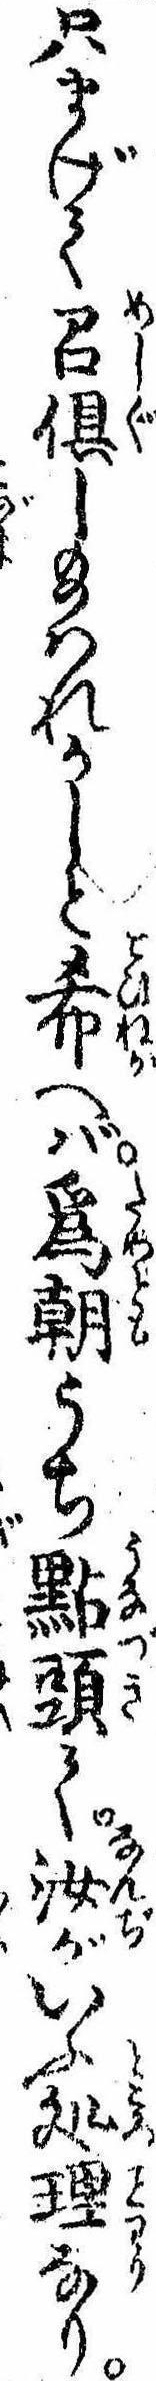
只まげて召倶し給はれかしと希へば為朝うち点頭て汝がいふ処理なり